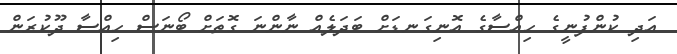
އަދި ކުންފުނީގެ ހިއްސާގެ އޮނިގަނޑަށް ބަދަލެއް ނާންނަ ގޮތަށް ބޯނަސް ހިއްސާ ދޫކުރަން